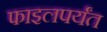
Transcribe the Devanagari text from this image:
फाइलपर्यंत